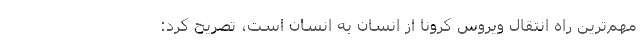
مهم‌ترین راه انتقال ویروس کرونا از انسان به انسان است، تصریح کرد: